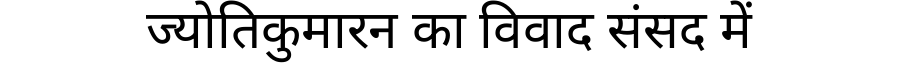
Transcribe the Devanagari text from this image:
ज्योतिकुमारन का विवाद संसद में